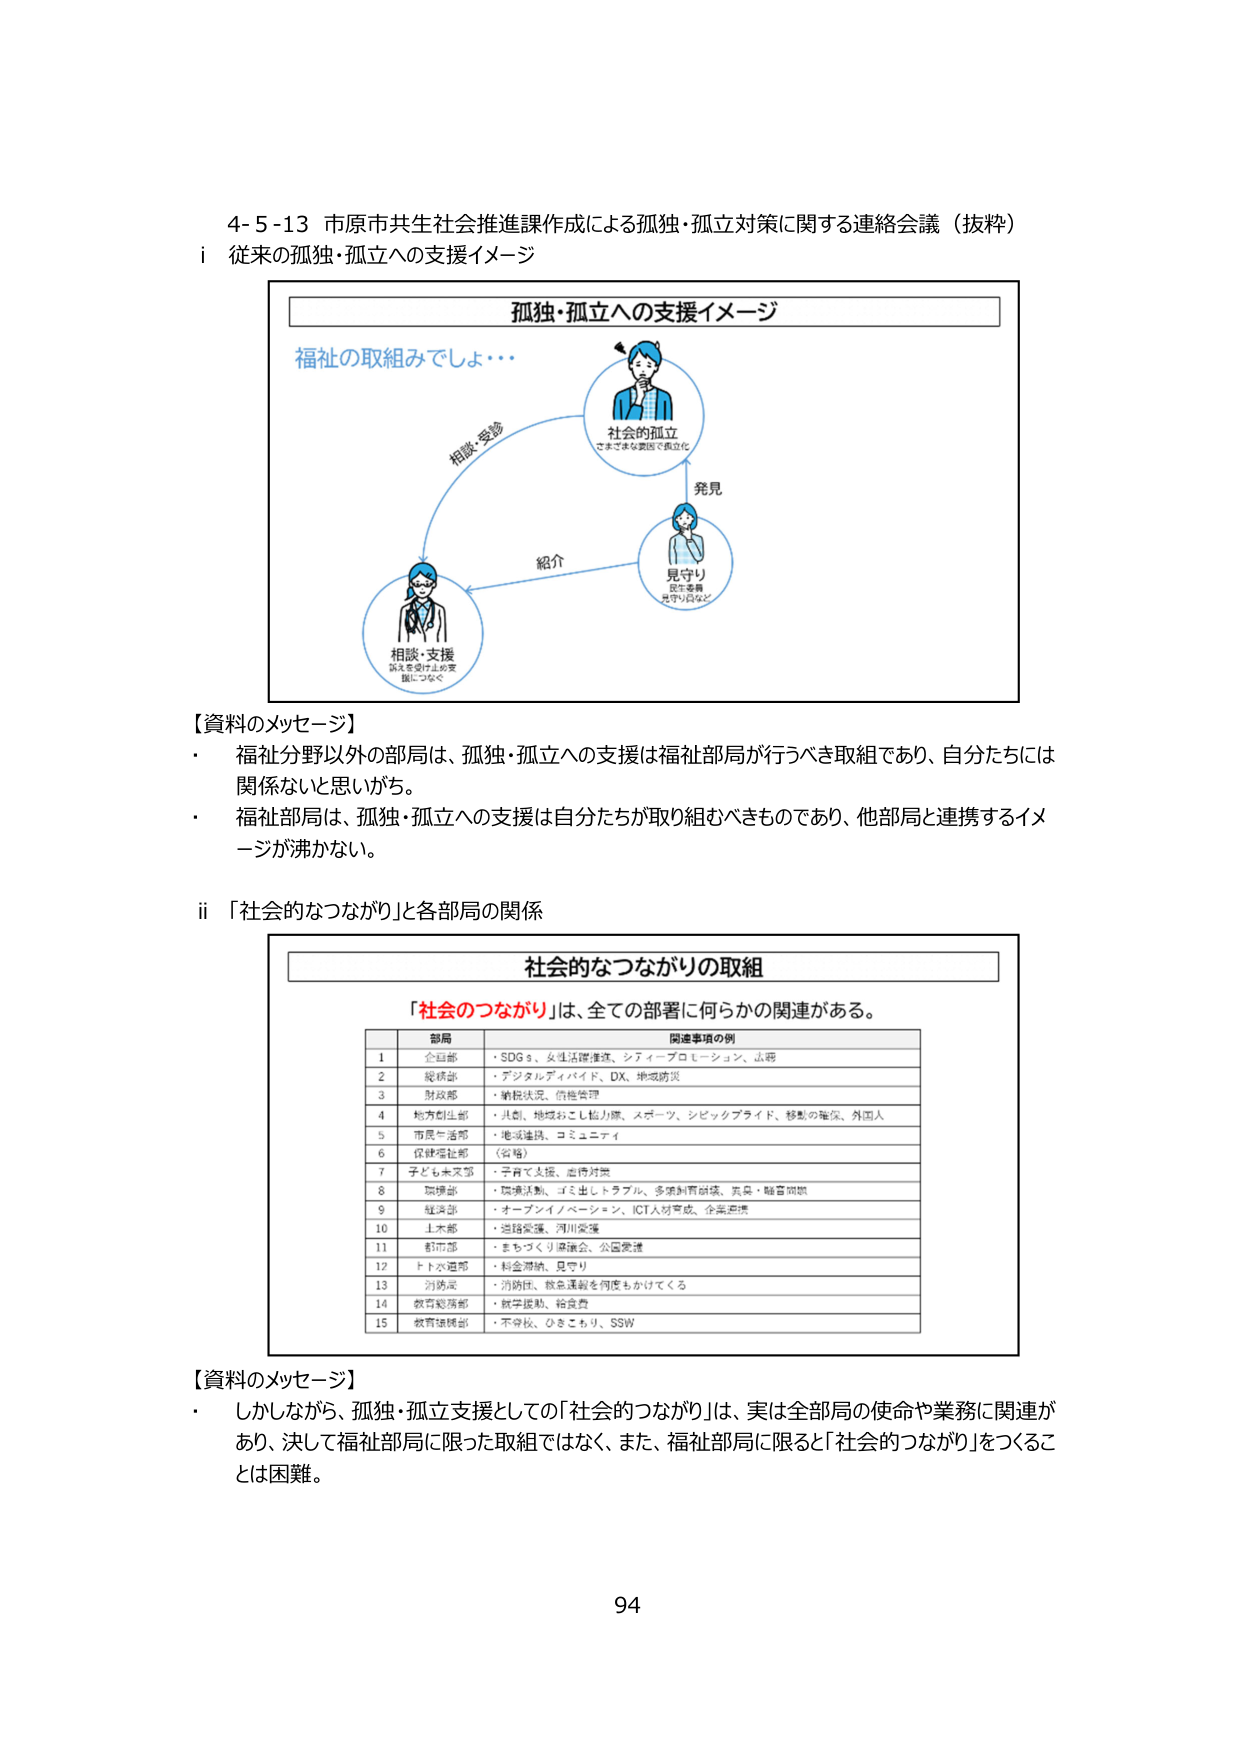
4-5-13 市原市共生社会推進課作成による孤独・孤立対策に関する連絡会議（抜粋）

i 従来の孤独・孤立への支援イメージ

孤独・孤立への支援イメージ

福祉の取組みでしょ・・・

相談・受診

社会的孤立
さまざまな要因で孤立化

発見

紹介

見守り
役所・業者
見守り員など

相談・支援
孤立を受け止め支援につなぐ

【資料のメッセージ】
・ 福祉分野以外の部局は、孤独・孤立への支援は福祉部局が行うべき取組であり、自分たちには関係ないと思いがち。
・ 福祉部局は、孤独・孤立への支援は自分たちが取り組むべきものであり、他部局と連携するイメージが沸かない。

ii 「社会的なつながり」と各部局の関係

社会的なつながりの取組

「社会のつながり」は、全ての部署に何らかの関連がある。

| | 部局 | 関連事項の例 |
|---|---|---|
| 1 | 企画部 | ・SDGs、女性活躍推進、シティプロモーション、広報 |
| 2 | 総務部 | ・デジタルディバイド、DX、地域防災 |
| 3 | 財政部 | ・納税状況、信頼管理 |
| 4 | 地方創生部 | ・共創、地域おこし協力隊、スポーツ、シビックプライド、移動の確保、外国人 |
| 5 | 市民生活部 | ・地域連携、コミュニティ |
| 6 | 保健福祉部 | （省略） |
| 7 | 子ども未来部 | ・子育て支援、虐待対策 |
| 8 | 環境部 | ・環境活動、ゴミ出しトラブル、多様な資源循環、気候・騒音問題 |
| 9 | 経済部 | ・オープンイノベーション、ICT人材育成、企業連携 |
| 10 | 土木部 | ・道路整備、河川整備 |
| 11 | 都市部 | ・まちづくり協議会、公園整備 |
| 12 | ドトコ選部 | ・料金滞納、見守り |
| 13 | 消防局 | ・消防は、救急運搬を何度もかけてくる |
| 14 | 教育総務部 | ・就学援助、給食費 |
| 15 | 教育振興部 | ・不登校、ひきこもり、SSW |

【資料のメッセージ】
・ しかしながら、孤独・孤立支援としての「社会的つながり」は、実は全部局の使命や業務に関連があり、決して福祉部局に限った取組ではなく、また、福祉部局に限ると「社会的つながり」をつくることは困難。

94